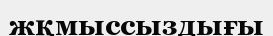
жқмыссыздығы